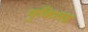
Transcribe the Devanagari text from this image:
युकिलड